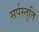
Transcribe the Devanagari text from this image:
सर्पस्तुति